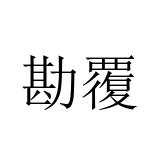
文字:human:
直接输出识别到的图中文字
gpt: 勘覆